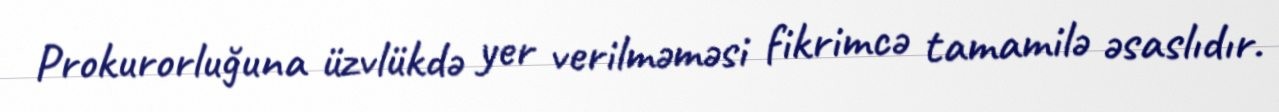
Prokurorluğuna üzvlükdə yer verilməməsi fikrimcə tamamilə əsaslıdır.